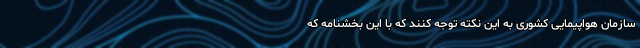
سازمان هواپیمایی کشوری به این نکته توجه کنند که با این بخشنامه که